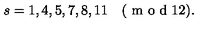
s = 1 , 4 , 5 , 7 , 8 , 1 1 \quad ( \textrm { m o d } 1 2 ) .